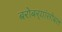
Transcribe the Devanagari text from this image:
बरोबर्‍यांसोबत